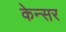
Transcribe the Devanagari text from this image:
केन्सर